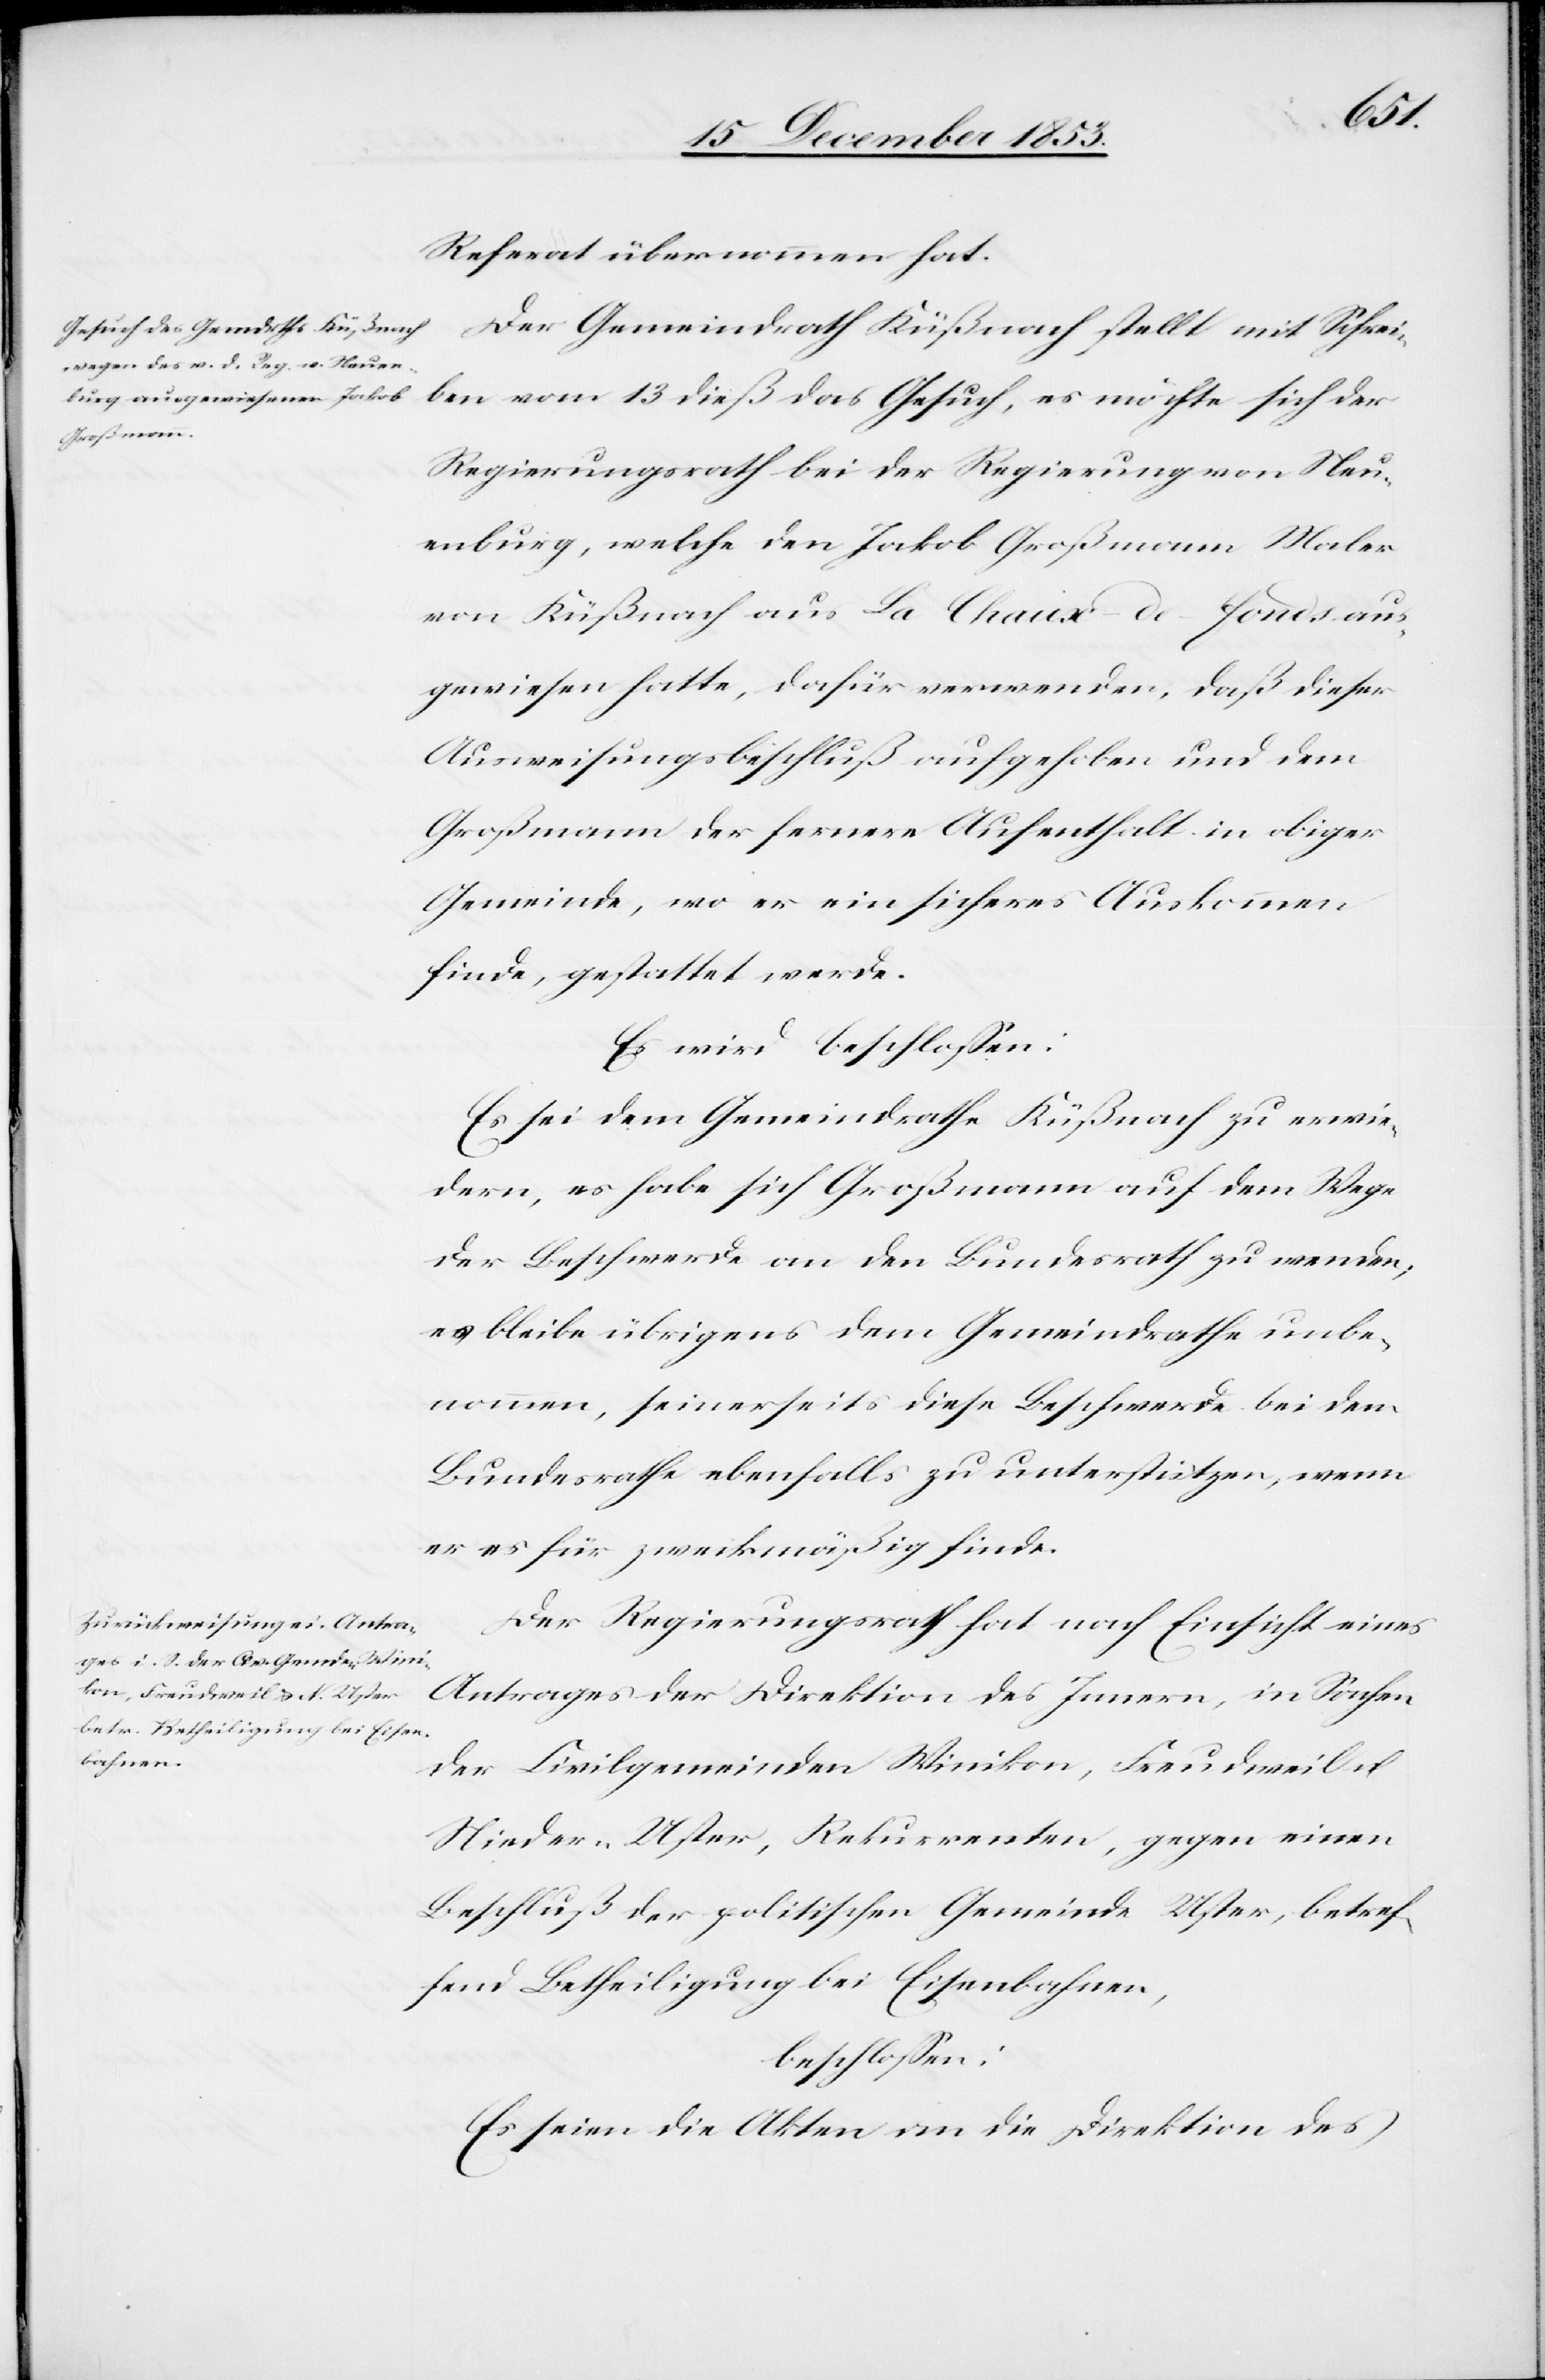
Referat übernommen hat.
Der Gemeindrath Küßnach stellt mit Schrei¬
ben vom 13 dieß das Gesuch, es möchte sich der
Regierungsrath bei der Regierung von Neu¬
enburg, welche den Jakob Großmann Maler
von Küßnach aus La Chaux de Fonds aus¬
gewiesen hatte, dafür verwenden, daß dieser
Ausweisungsbeschluß aufgehoben und dem
Großmann der fernere Aufenthalt in obiger
Gemeinde, wo er ein sicheres Auskommen
finde, gestattet werde.
Es wird beschloßen:
Es sei dem Gemeindrathe Küßnach zu erwie¬
dern, es habe sich Großmann auf dem Wege
der Beschwerde an den Bundesrath zu wenden,
es bleibe übrigens dem Gemeindrathe unbe¬
nommen, seinerseits diese Beschwerde bei dem
Bundesrathe ebenfalls zu unterstützen, wenn
er es für zweckmäßig finde.
Der Regierungsrath hat nach Einsicht eines
Antrages der Direktion des Innern, in Sachen
der Civilgemeinden Winikon, Freudweil u.
Nieder-Uster, Rekurrenten, gegen einen
Beschluß der politischen Gemeinde Uster, betref¬
fend Betheiligung bei Eisenbahnen,
beschloßen:
Es seien die Akten an die Direktion des